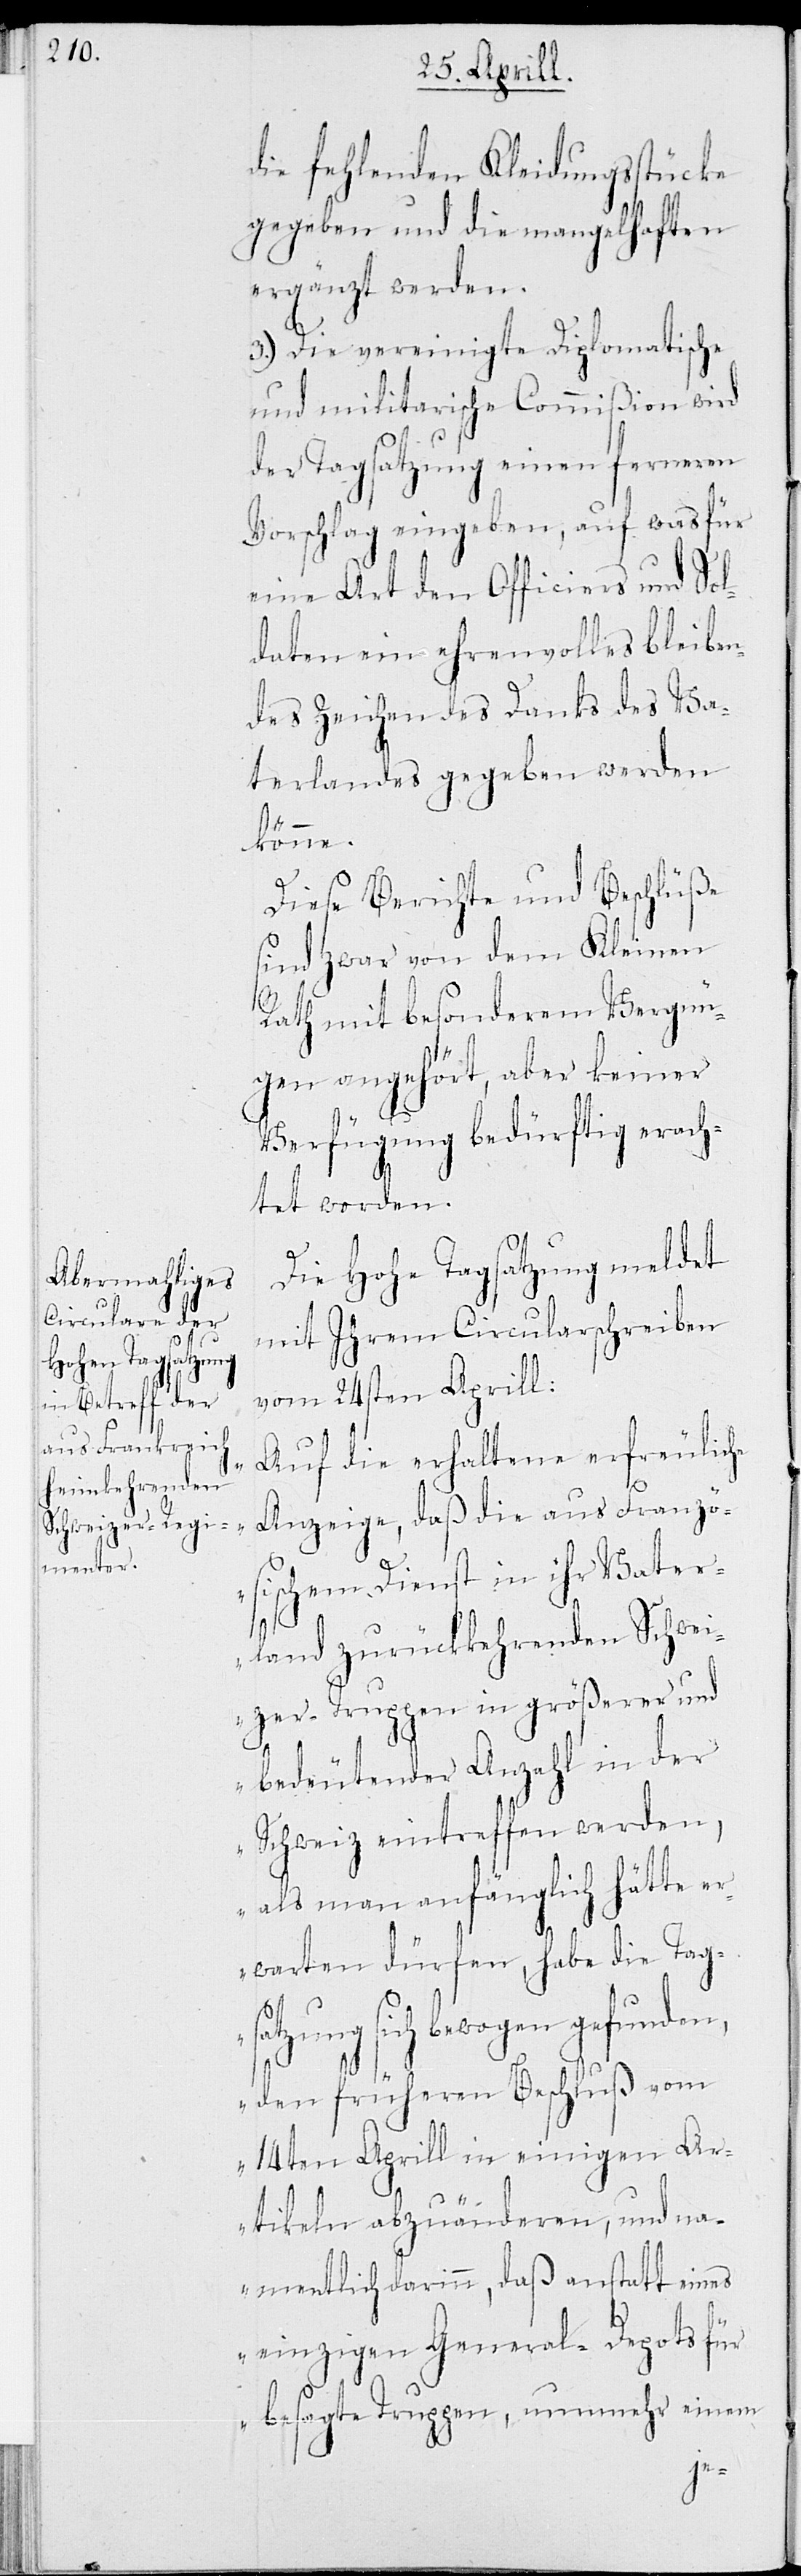
die fehlenden Kleidungsstücke
gegeben, und die mangelhaften
ergänzt werden.
3.) Die vereinigte Diplomatische
und militarische Commißion wird
der Tagsatzung einen ferneren
Vorschlag eingeben, auf was für
eine Art den Officiers und Sol¬
daten ein ehrenvolles bleiben¬
des Zeichen des Danks des Va¬
terlandes gegeben werden
könne.
Diese Berichte und Beschlüße
sind zwar von dem Kleinen
Rath mit besonderem Vergnü¬
gen angehört, aber keiner
Verfügung bedürftig erach¬
tet worden.
Die Hohe Tagsatzung meldet
mit ihrem Circularschreiben
vom 24sten Aprill:
„Auf die erhaltene erfreuliche
Anzeige, daß die aus Franzö¬
sischem Dienst in ihr Vater¬
land zurückkehrenden Schwei¬
zer-Truppen in größerer und
bedeutender Anzahl in der
Schweiz eintreffen werden,
als man anfänglich hätte er¬
warten dürfen, habe die Tag¬
satzung sich bewogen
den früheren Beschluß vom
14ten Aprill in einigen Ar¬
tikeln abzuänderen, und na¬
mentlich darinn, daß anstatt eines
einzigen General-Depots für
besagte Truppen, nunmehr einem